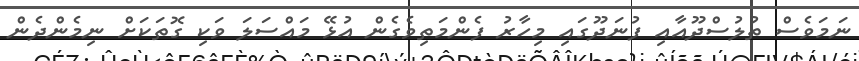
ނަމަވެސް ތުލުސްދޫއާއި ފުނަދޫގައި މިހާރު ފެންމަތިވެގެން އުޅޭ މައްސަލަ ވަކި ގޮތަކަށް ނިމެންދެން